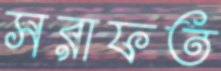
সরাফত